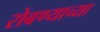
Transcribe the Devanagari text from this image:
रोबण्याच्या